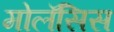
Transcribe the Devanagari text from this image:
मोलॅसिस